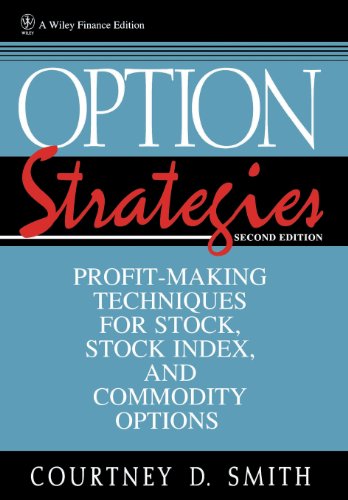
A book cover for Option Strategies: Profit-Making Techniques for Stock, Stock Index, and Commodity Options; Courtney Smith; Business & Money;